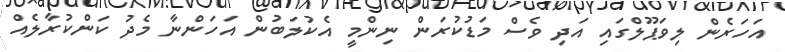
އަހަރެން ލިވަޕޫލްގައި އަދި ވެސް މަޑުކުރަން ނިންމީ އެކުލަބުން އަހަންނާ މެދު ކަންކުރާލެއް